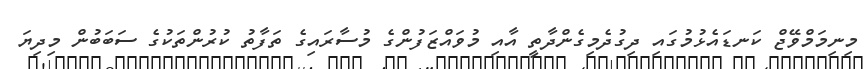
މިނިމަމްވޭޖް ކަނޑައެޅުމުގައި ދިގުދެމިގެންދާތީ އާއި މުވައްޒަފުންގެ މުސާރައިގެ ތަފާތު ކުރުންތަކުގެ ސަބަބުން މިދިޔަ